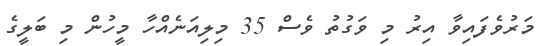
މަރުވެފައިވާ އިރު މި ވަގުތު ވެސް 35 މިލިއަނެއްހާ މީހުން މި ބަލީގެ